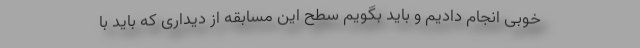
خوبی انجام دادیم و باید بگویم سطح این مسابقه از دیداری که باید با